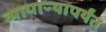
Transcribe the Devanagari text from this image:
व्यापाऱ्यापर्यंत